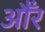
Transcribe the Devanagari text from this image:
औँर